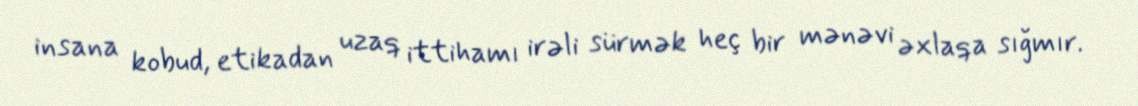
insana kobud, etikadan uzaq ittihamı irəli sürmək heç bir mənəvi əxlaqa sığmır.